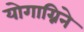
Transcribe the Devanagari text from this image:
योगाग्निने